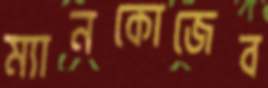
ম্যানকোজেব